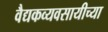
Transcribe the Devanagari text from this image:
वैद्यकव्यवसायीच्या